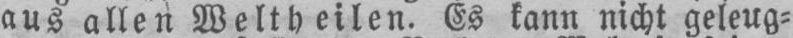
aus allen Weltheilen. Es kann nicht geleug⸗